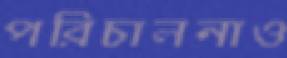
পরিচালনাও